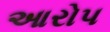
આરોપ